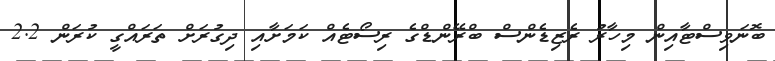
ބޮނަވިސްޓާއިން މިހާރު ރެޒިޑެންސް ބްރޭންޑްގެ ރިސޯޓެއް ކަމަށާއި ދިގުރަށް ތަރައްގީ ކުރަން 2.2